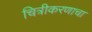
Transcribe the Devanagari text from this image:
चित्रीकरणाचा